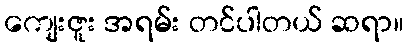
ကျေးဇူး အရမ်း တင်ပါတယ် ဆရာ။